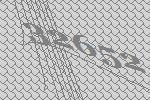
32652